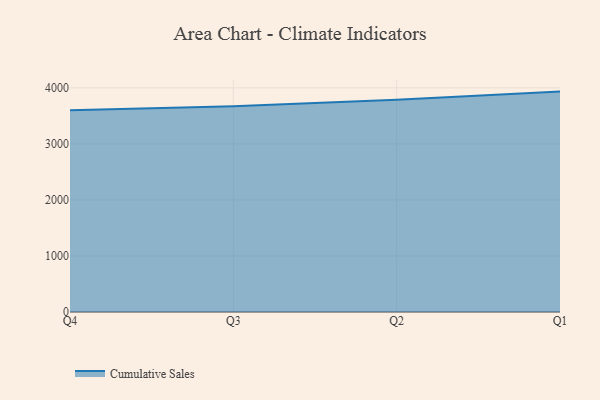
{"axis": {"x": "Quarter", "y": "Energy Usage (MWh)"}, "legend": ["Cumulative Sales"], "data": [{"x": "Q4", "y": 3600.5, "type": "Cumulative Sales"}, {"x": "Q3", "y": 3669.5, "type": "Cumulative Sales"}, {"x": "Q2", "y": 3789.1, "type": "Cumulative Sales"}, {"x": "Q1", "y": 3933.0, "type": "Cumulative Sales"}]}